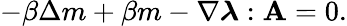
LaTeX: -\beta\Delta m+\beta m-\nabla\boldsymbol{\lambda}:\mathbf{A}=0.